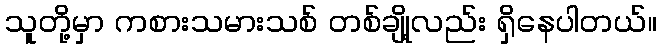
သူတို့မှာ ကစားသမားသစ် တစ်ချို့လည်း ရှိနေပါတယ်။